Vaccination in the Punjab 1919-1929 - 1919-1929
Year: 1919
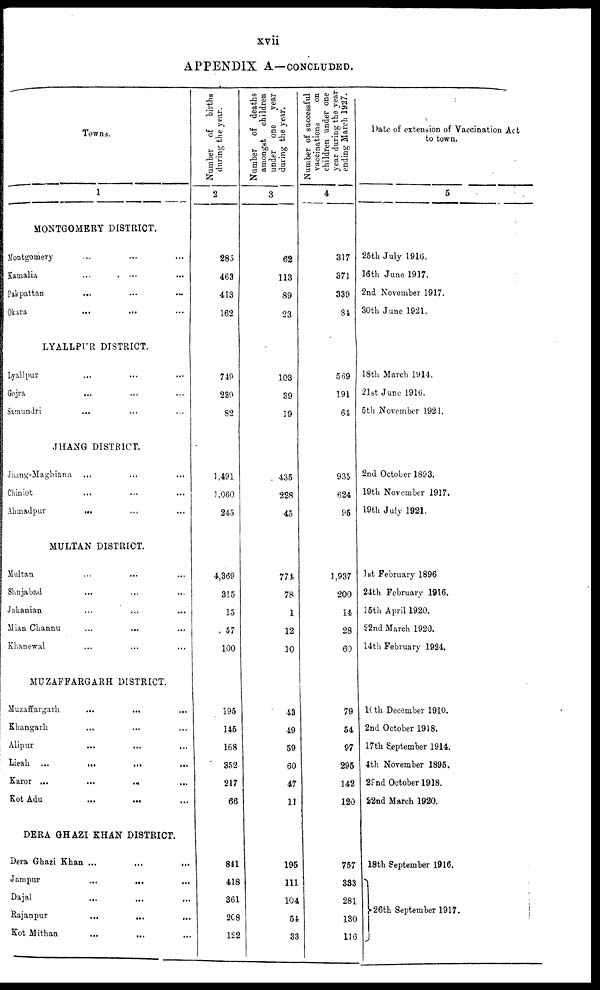
xvii
APPENDIX A—CONCLUDED.
Towns.
1
MONTGOMERY DISTRICT.
Montgomery ... ... ...
Kamalia ... ... ...
Pakpattan ... ... ...
Okara ... ... ...
LYALLPUR DISTRICT.
Lyallpur ... ... ...
Gojra ... ... ...
Samuadri ... ... ...
JHANG DISTRICT.
Jhang-Maghiana ... ... ...
Chiniot ... ... ...
Ahmadpur ... ... ...
MULTAN DISTRICT.
Multan ... ... ...
Shujabad ... ... ...
Jahanian
...
...
...
Mian Channu
...
...
...
Khanewal ... ... ...
MUZAFFARGARH DISTRICT.
Muzaffargarh
...
...
...
Khangarh ... ... ...
Alipur ... ... ...
Lieah
...
...
...
Karor
...
...
...
Kot Adu ... ... ...
DERA GHAZI KHAN DISTRICT.
Dera Ghazi Khan ... ... ...
Jampur
...
...
...
Dajal ... ... ...
Rajanpur
...
...
...
Kot Mithan
...
...
...
Number of
births
during the year.
2
285
463
413
162
749
239
82
1,491
1,060
245
4,369
315
15
57
100
195
145
168
352
217
66
841
418
361
208
122
Number
of deaths
amongst
children
under
one
year
during the year.
3
62
113
89
23
103
39
19
435
228
45
774
78
1
12
10
43
49
59
60
47
11
195
111
104
54
33
Number of successful
vaccinations
on
children under one
year during the year
ending March 1927.
4
317
371
339
84
569
191
64
935
624
95
1,937
200
14
28
60
79
54
97
295
142
120
757
333
281
130
116
Date of extension of Vaccination Act
to town.
5
25th July 1916.
16th June 1917.
2nd November 1917.
30th June 1921.
18th March 1914.
21st June 1916.
5th November 1921.
2nd October 1893.
19th November 1917.
19th July 1921.
1st February 1896
24th February 1916.
15th April 1920.
22nd March 1920.
14th February 1924.
10th December 1910.
2nd October 1918.
17th September 1914.
4th November 1895.
22nd October 1918.
22nd March 1920.
18th September 1916.
26th September 1917.